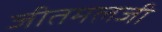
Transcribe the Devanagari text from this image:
जीतमलजी